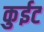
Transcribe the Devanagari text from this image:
कुईट